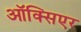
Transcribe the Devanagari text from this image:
ऑक्सिएर